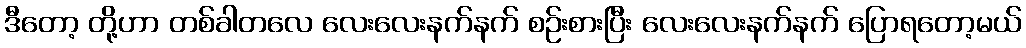
ဒီတော့ တို့ဟာ တစ်ခါတလေ လေးလေးနက်နက် စဉ်းစားပြီး လေးလေးနက်နက် ပြောရတော့မယ်